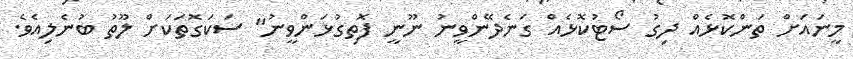
މީނައަށް ތަންކޮޅެއް ދިގު ސޯޓުކޮޅެއް ގަނެދޭންވީނު ނޫނީ ފޮތިގުޅަންވީނު" ސަކަގޮތަކަށް ލޫތު ބުނެލިއެވެ.